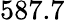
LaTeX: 587.7